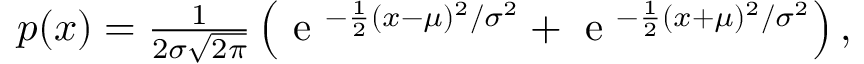
\begin{array} { r } { p ( x ) = \frac { 1 } { 2 \sigma \sqrt { 2 \pi } } \left( \mathrm { ~ e ~ } ^ { - \frac { 1 } { 2 } ( x - \mu ) ^ { 2 } / \sigma ^ { 2 } } + \mathrm { ~ e ~ } ^ { - \frac { 1 } { 2 } ( x + \mu ) ^ { 2 } / \sigma ^ { 2 } } \right) , } \end{array}